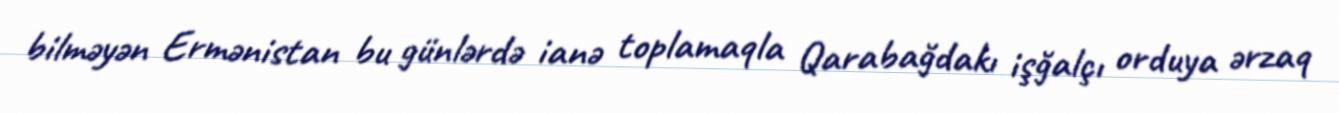
bilməyən Ermənistan bu günlərdə ianə toplamaqla Qarabağdakı işğalçı orduya ərzaq